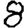
Digit: 8